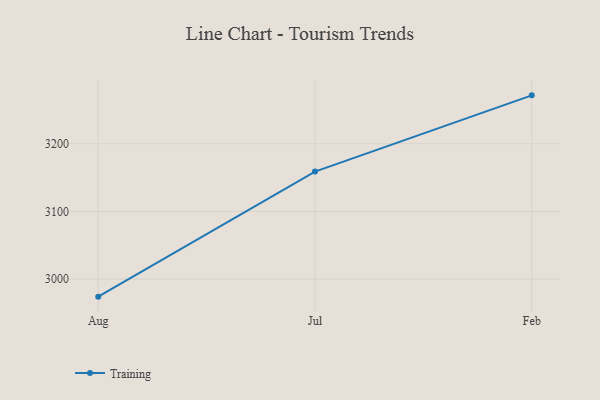
{"axis": {"x": "Month", "y": "Bounce Rate (%)"}, "legend": ["Training"], "data": [{"x": "Aug", "y": 2974.1, "type": "Training"}, {"x": "Jul", "y": 3158.9, "type": "Training"}, {"x": "Feb", "y": 3271.5, "type": "Training"}]}